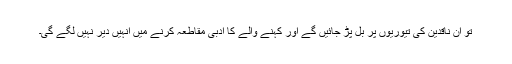
تو ان ناقدین کی تیوریوں پر بل پڑ جائیں گے اور کہنے والے کا ادبی مقاطعہ کرنے میں انہیں دیر نہیں لگے گی۔